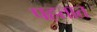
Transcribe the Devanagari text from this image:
पहतात